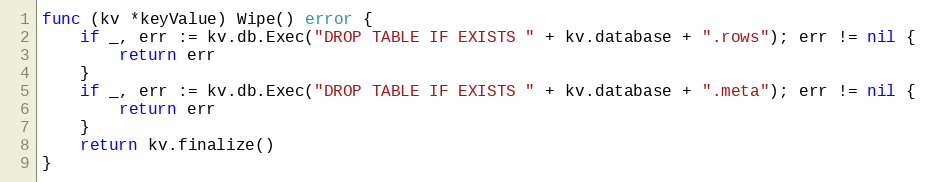
Language: Go
func (kv *keyValue) Wipe() error {
	if _, err := kv.db.Exec("DROP TABLE IF EXISTS " + kv.database + ".rows"); err != nil {
		return err
	}
	if _, err := kv.db.Exec("DROP TABLE IF EXISTS " + kv.database + ".meta"); err != nil {
		return err
	}
	return kv.finalize()
}